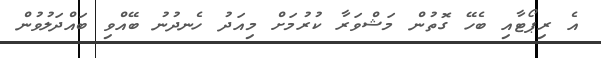
އެ ރިޕޯޓާއި ބެހޭ ގޮތުން މަޝްވަރާ ކުރުމަށް މިއަދު ހެނދުނު ބޭއްވި ބައްދަލުވުން